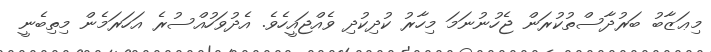
މިޢަޒާބު ބަރުދާސްތުކުރަން ޖެހުނުނަމަ މިހާރު ކުދިކުދި ވެއްޖައީހެވެ. އެދުވަހުއްސުރެ އަހަރަމެން މިތިބެނީ